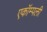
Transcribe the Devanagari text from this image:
एकॉम्पली